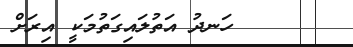
ހަނދު އަތުލައިގަތުމަކީ އިރަށް